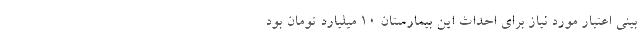
بینی اعتبار مورد نیاز برای احداث این بیمارستان ۱۰ میلیارد تومان بود